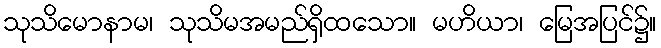
သုသိမောနာမ၊ သုသိမအမည်ရှိထသော။ မဟိယာ၊ မြေအပြင်၌။